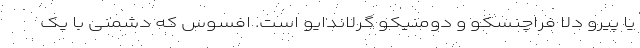
یا پیرو دلا فراچنسکو و دومنیکو گرلاندایو است. افسوس که دشمنی با یک